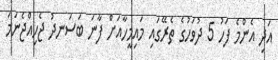
އަދި އެންމެ ފަހު 5 ދުވަހުގެ ތެރޭގައި މައިމީހާއަށް ފާނަ ބަސަނދު ޖެހިއްޖެނަމަ